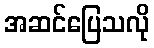
အဆင်ပြေသလို